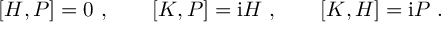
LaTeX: [ H , P ] = 0 \ , \qquad [ K , P ] = \mathrm { i } H \ , \qquad [ K , H ] = \mathrm { i } P \ .